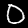
Label: 0